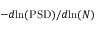
- d \mathrm { l n } ( \mathrm { P S D } ) / d \mathrm { l n } ( N )